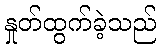
နှုတ်ထွက်ခဲ့သည်